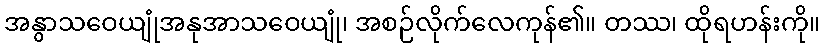
အနွာသဝေယျုံအနုအာသဝေယျုံ၊ အစဉ်လိုက်လေကုန်၏။ တဿ၊ ထိုရဟန်းကို။